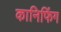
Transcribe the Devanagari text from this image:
कानिफिंग